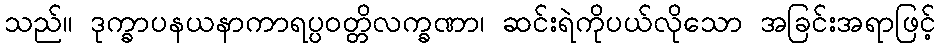
သည်။ ဒုက္ခာပနယနာကာရပ္ပဝတ္တိလက္ခဏာ၊ ဆင်းရဲကိုပယ်လိုသော အခြင်းအရာဖြင့်